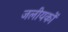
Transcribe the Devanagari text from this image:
जलीयकों